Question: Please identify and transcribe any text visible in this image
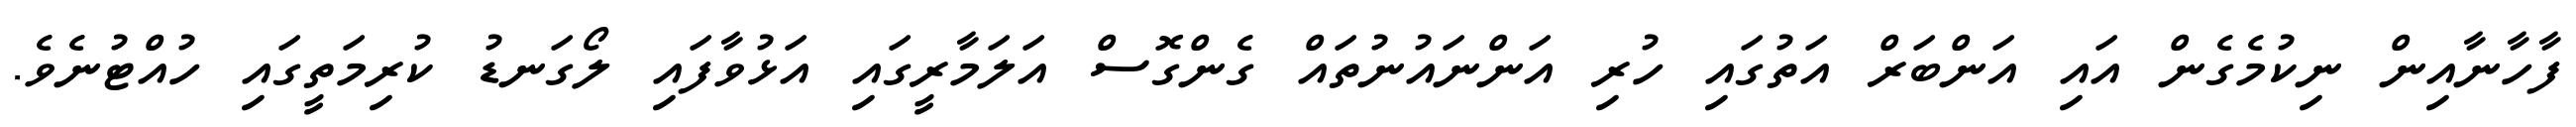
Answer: ފާހާނާއިން ނިކުމެގެން އައި އަންބަރް އަތުގައި ހުރި އަންނައުނުތައް ގެންގޮސް އަލަމާރީގައި އަޅުވާފައި ލޯގަނޑު ކުރިމަތީގައި ހުއްޓުނެވެ.